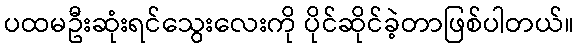
ပထမဦးဆုံးရင်သွေးလေးကို ပိုင်ဆိုင်ခဲ့တာဖြစ်ပါတယ်။